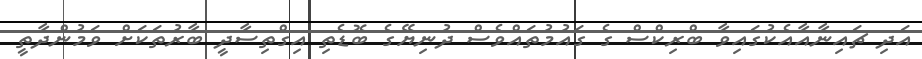
އަދި ޗައިނާއާއެކުގައިވާ ބްރިކްސް ގެ ގައުމުތައްވެސް ދުނިޔޭގެ ބޮޑެތި އިގްތިސާދީ ބާރުތަކަށް ވަމުންދާތީ